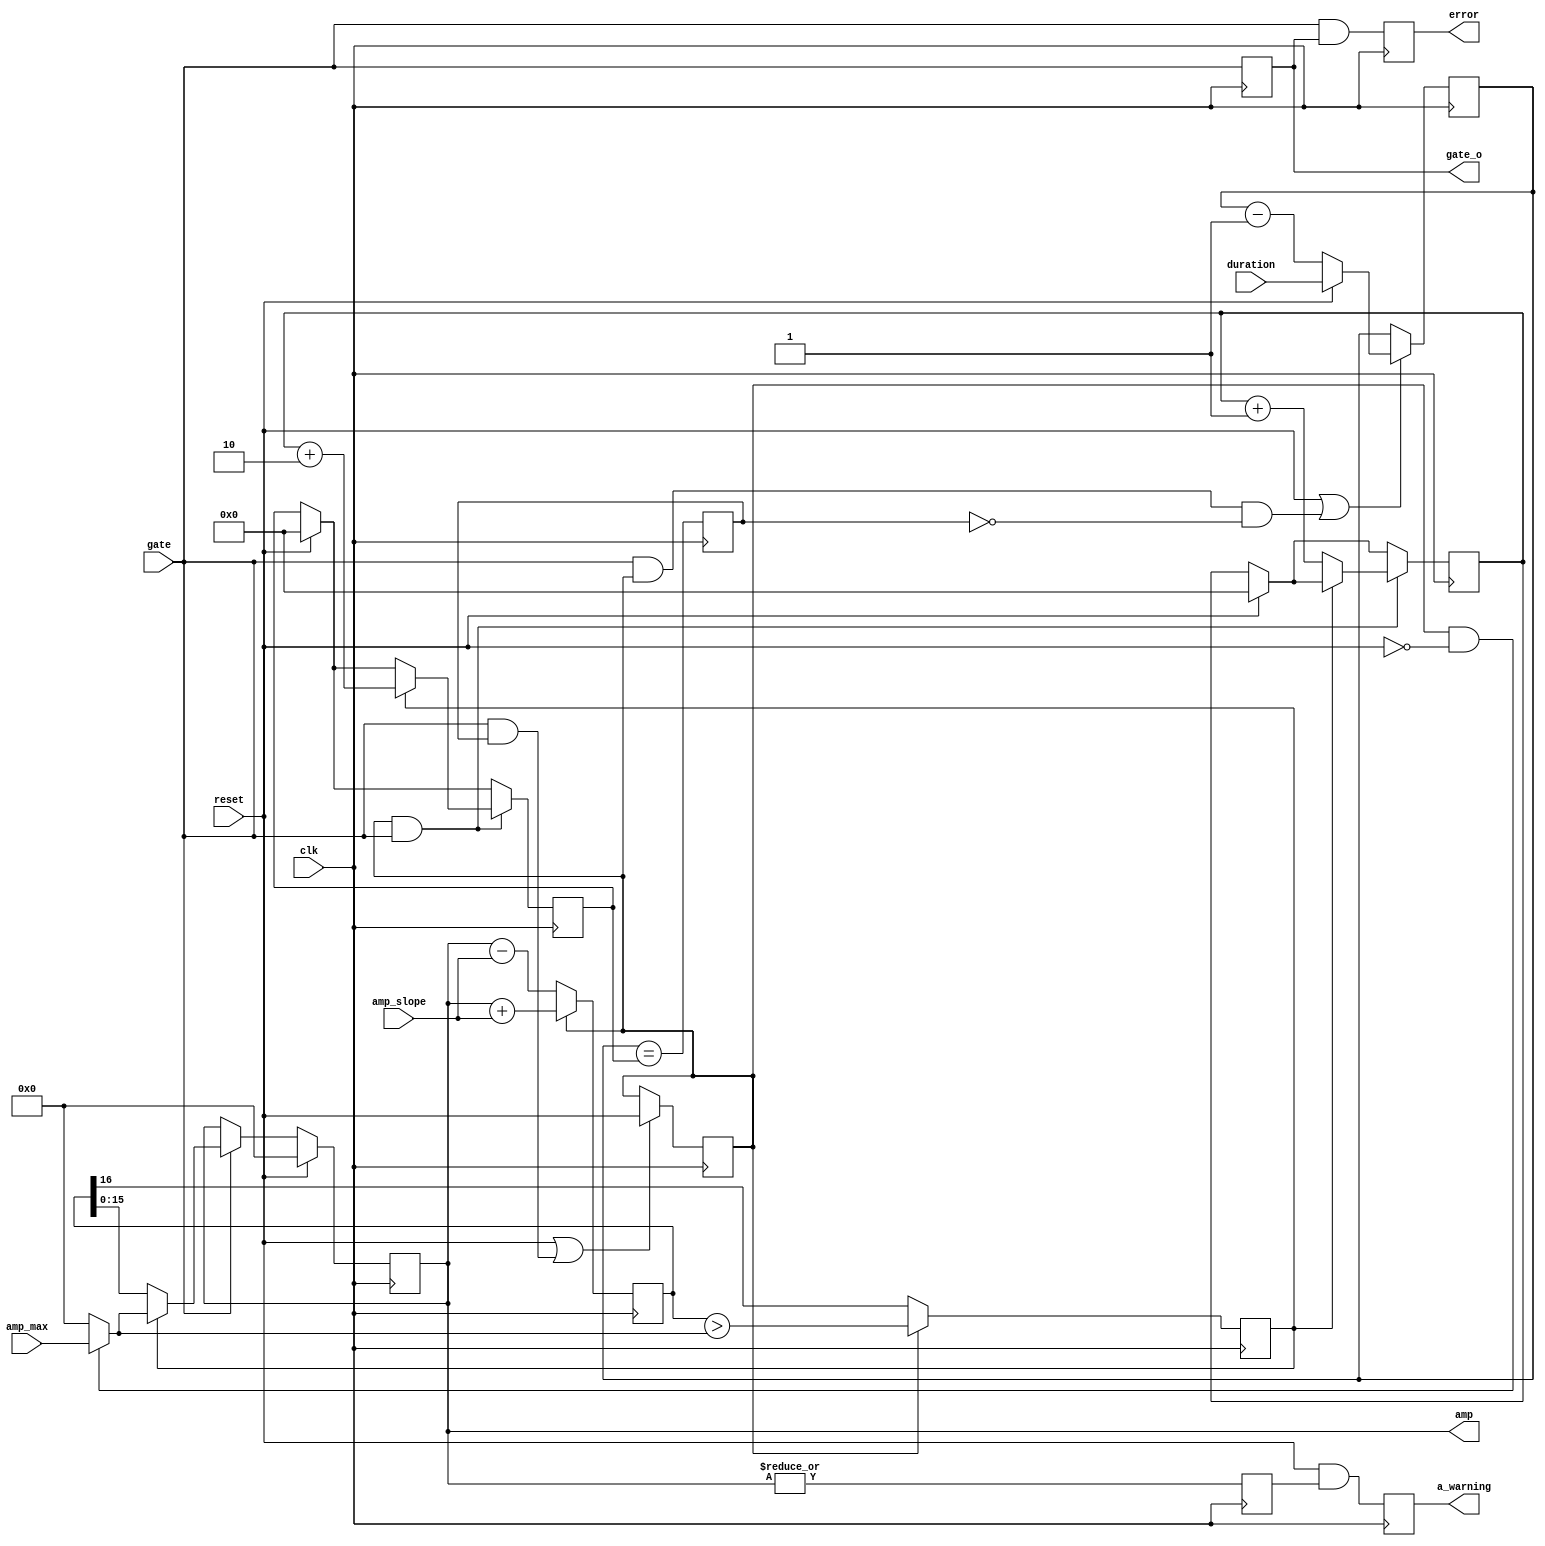
// ramped-edge pulse generator
// Intended as the amplitude modulation of a chirp generator
// Mostly cribbed from fgen.v
module ramps #(
	parameter dw = 16,  // width of amplitude computations
	parameter cw = 32  // counter width
) (
	input clk,
	input gate,
	input reset,
	output gate_o,
	input [cw-1:0] duration,
	input [dw-1:0] amp_slope,
	input [dw-1:0] amp_max,
	output [dw-1:0] amp,
	output a_warning,
	output error
);

reg error_r = 0;
reg gate_r = 0;
always @(posedge clk) gate_r <= gate;
assign gate_o = gate_r;
assign error = error_r;

// Pulse generator
// Off time initiates fall of ramp above
// Pipeline step requires every gate pulse preceded by a non-gate cycle
reg pulse_on = 0;
reg [cw-1:0] rise_t=0;
reg [cw-1:0] counter=0;
reg counter_zero=0;
always @(posedge clk) begin
	counter_zero <= counter==rise_t; // Start off-ramp rise_t cycles before end of chirp length
	if (reset | (gate & pulse_on & ~counter_zero)) counter <= reset ? duration : counter-1;
	if (reset | (gate & counter_zero)) pulse_on <= reset;
	error_r <= gate & gate_r;
end

// Make pulse into analog, with adjustable rise and fall time
reg [dw:0] amp_step = 0;
reg [dw-1:0] amp_r = 0;
wire [dw-1:0] amp_zero = 0;
wire [dw-1:0] amp_flat = (pulse_on & ~reset) ? amp_max : amp_zero;
reg amp_railed = 0;
reg amp_nonzero = 0;
reg a_warning_r = 0;
always @(posedge clk) begin
	// Hope amp_step gets synthesized with ADDSUB primitive
	amp_step <= pulse_on ? amp_r+amp_slope : amp_r-amp_slope;
	amp_railed <= pulse_on ? (amp_step > amp_flat) : amp_step[dw];
	amp_nonzero <= |amp_r;
	if (gate) amp_r <= amp_railed ? amp_flat : amp_step;
	// amplitude needs to be back to zero when next reset hits
        // for robustness to incorrect parameters, force it low
        if (reset) amp_r <= 0;
	a_warning_r <= reset & amp_nonzero;
end
assign amp = amp_r;
assign a_warning = a_warning_r;

// Determine rise time; to be used in off-ramp
reg [cw-1:0] rise_cnt=0;
always @(posedge clk) begin
	if (reset) begin
		rise_cnt <= 0;
		rise_t <= 0;
	end

	if (pulse_on && gate)
		if (!amp_railed)
			rise_cnt <= rise_cnt + 1;
		else
			rise_t <= rise_cnt+2;
end

endmodule